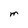
Character: m